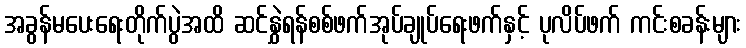
အခွန်မပေးရေးတိုက်ပွဲအထိ ဆင်နွှဲရန်စစ်ဖက်အုပ်ချုပ်ရေးဖက်နှင့် ပုလိပ်ဖက် ကင်းစခန်းများ